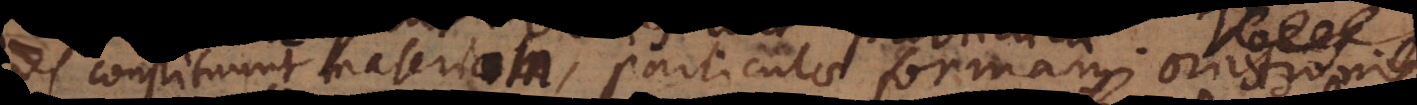
ces constituunt materiam, particulae formam orationis.